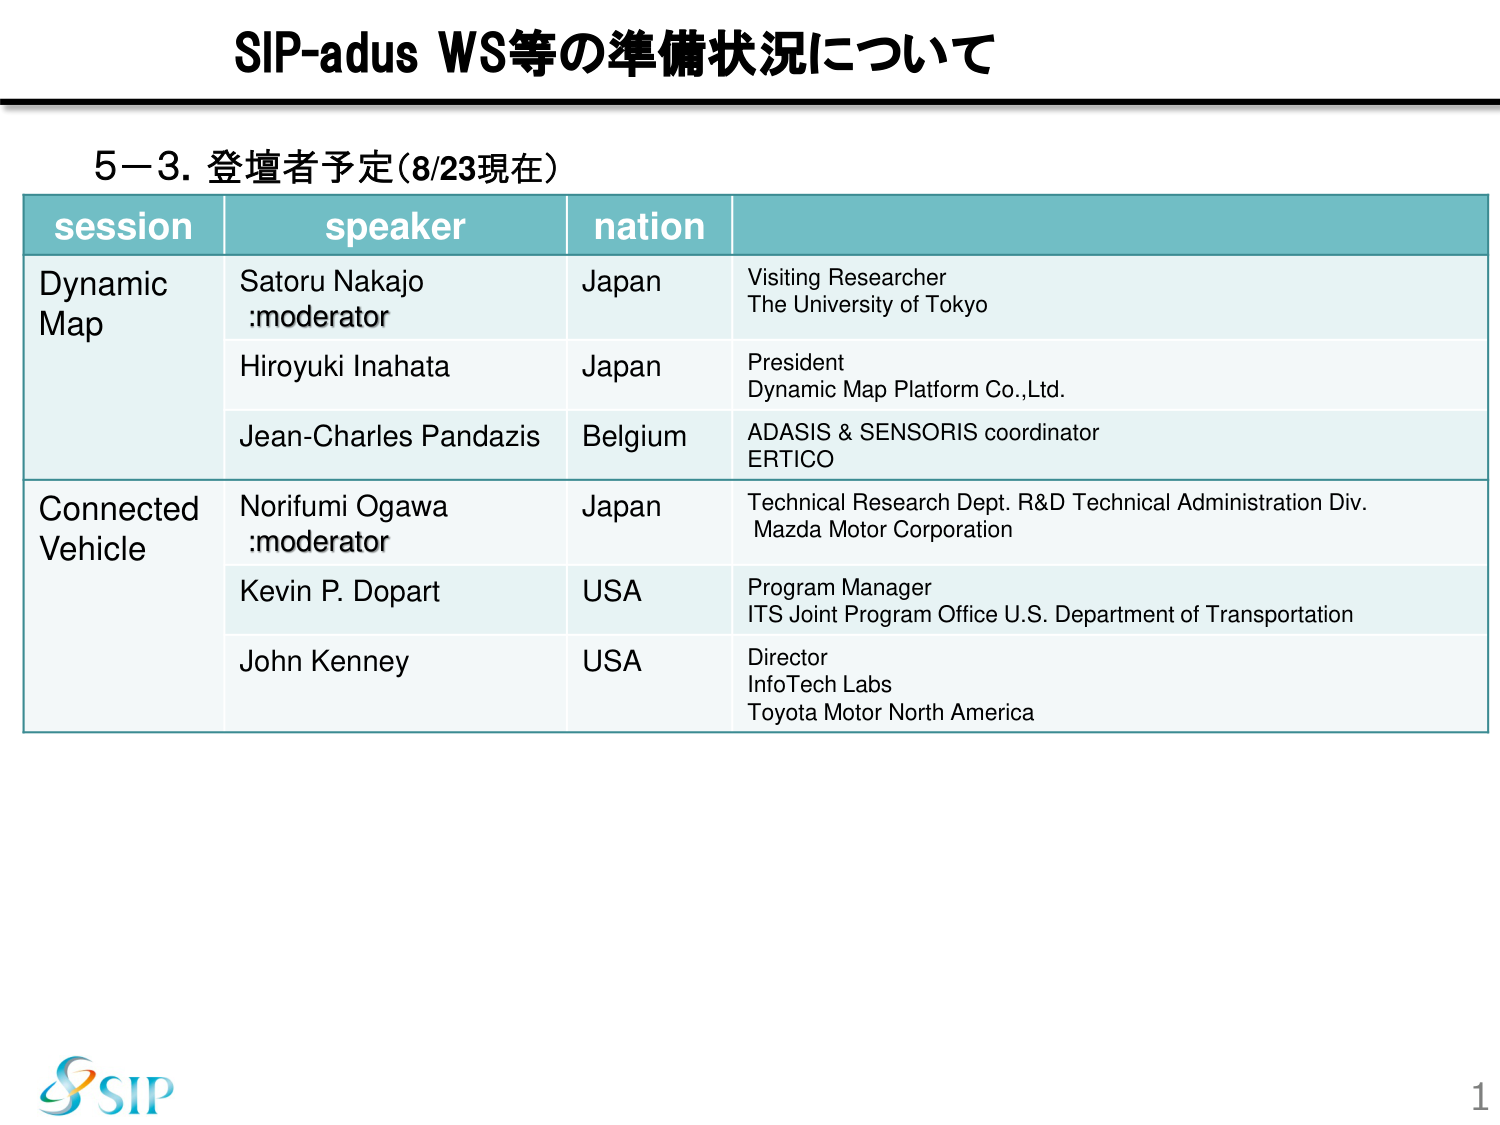
SIP-adus WS等の準備状況について

5-3. 登壇者予定（8/23現在）

session | speaker | nation |
--- | --- | --- |
Dynamic Map | Satoru Nakajo :moderator | Japan | Visiting Researcher The University of Tokyo
 | Hiroyuki Inahata | Japan | President Dynamic Map Platform Co.,Ltd.
 | Jean-Charles Pandazis | Belgium | ADASIS & SENSORIS coordinator ERTICO
Connected Vehicle | Norifumi Ogawa :moderator | Japan | Technical Research Dept. R&D Technical Administration Div. Mazda Motor Corporation
 | Kevin P. Dopart | USA | Program Manager ITS Joint Program Office U.S. Department of Transportation
 | John Kenney | USA | Director InfoTech Labs Toyota Motor North America

SIP
1